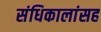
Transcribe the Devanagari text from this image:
संधिकालांसह